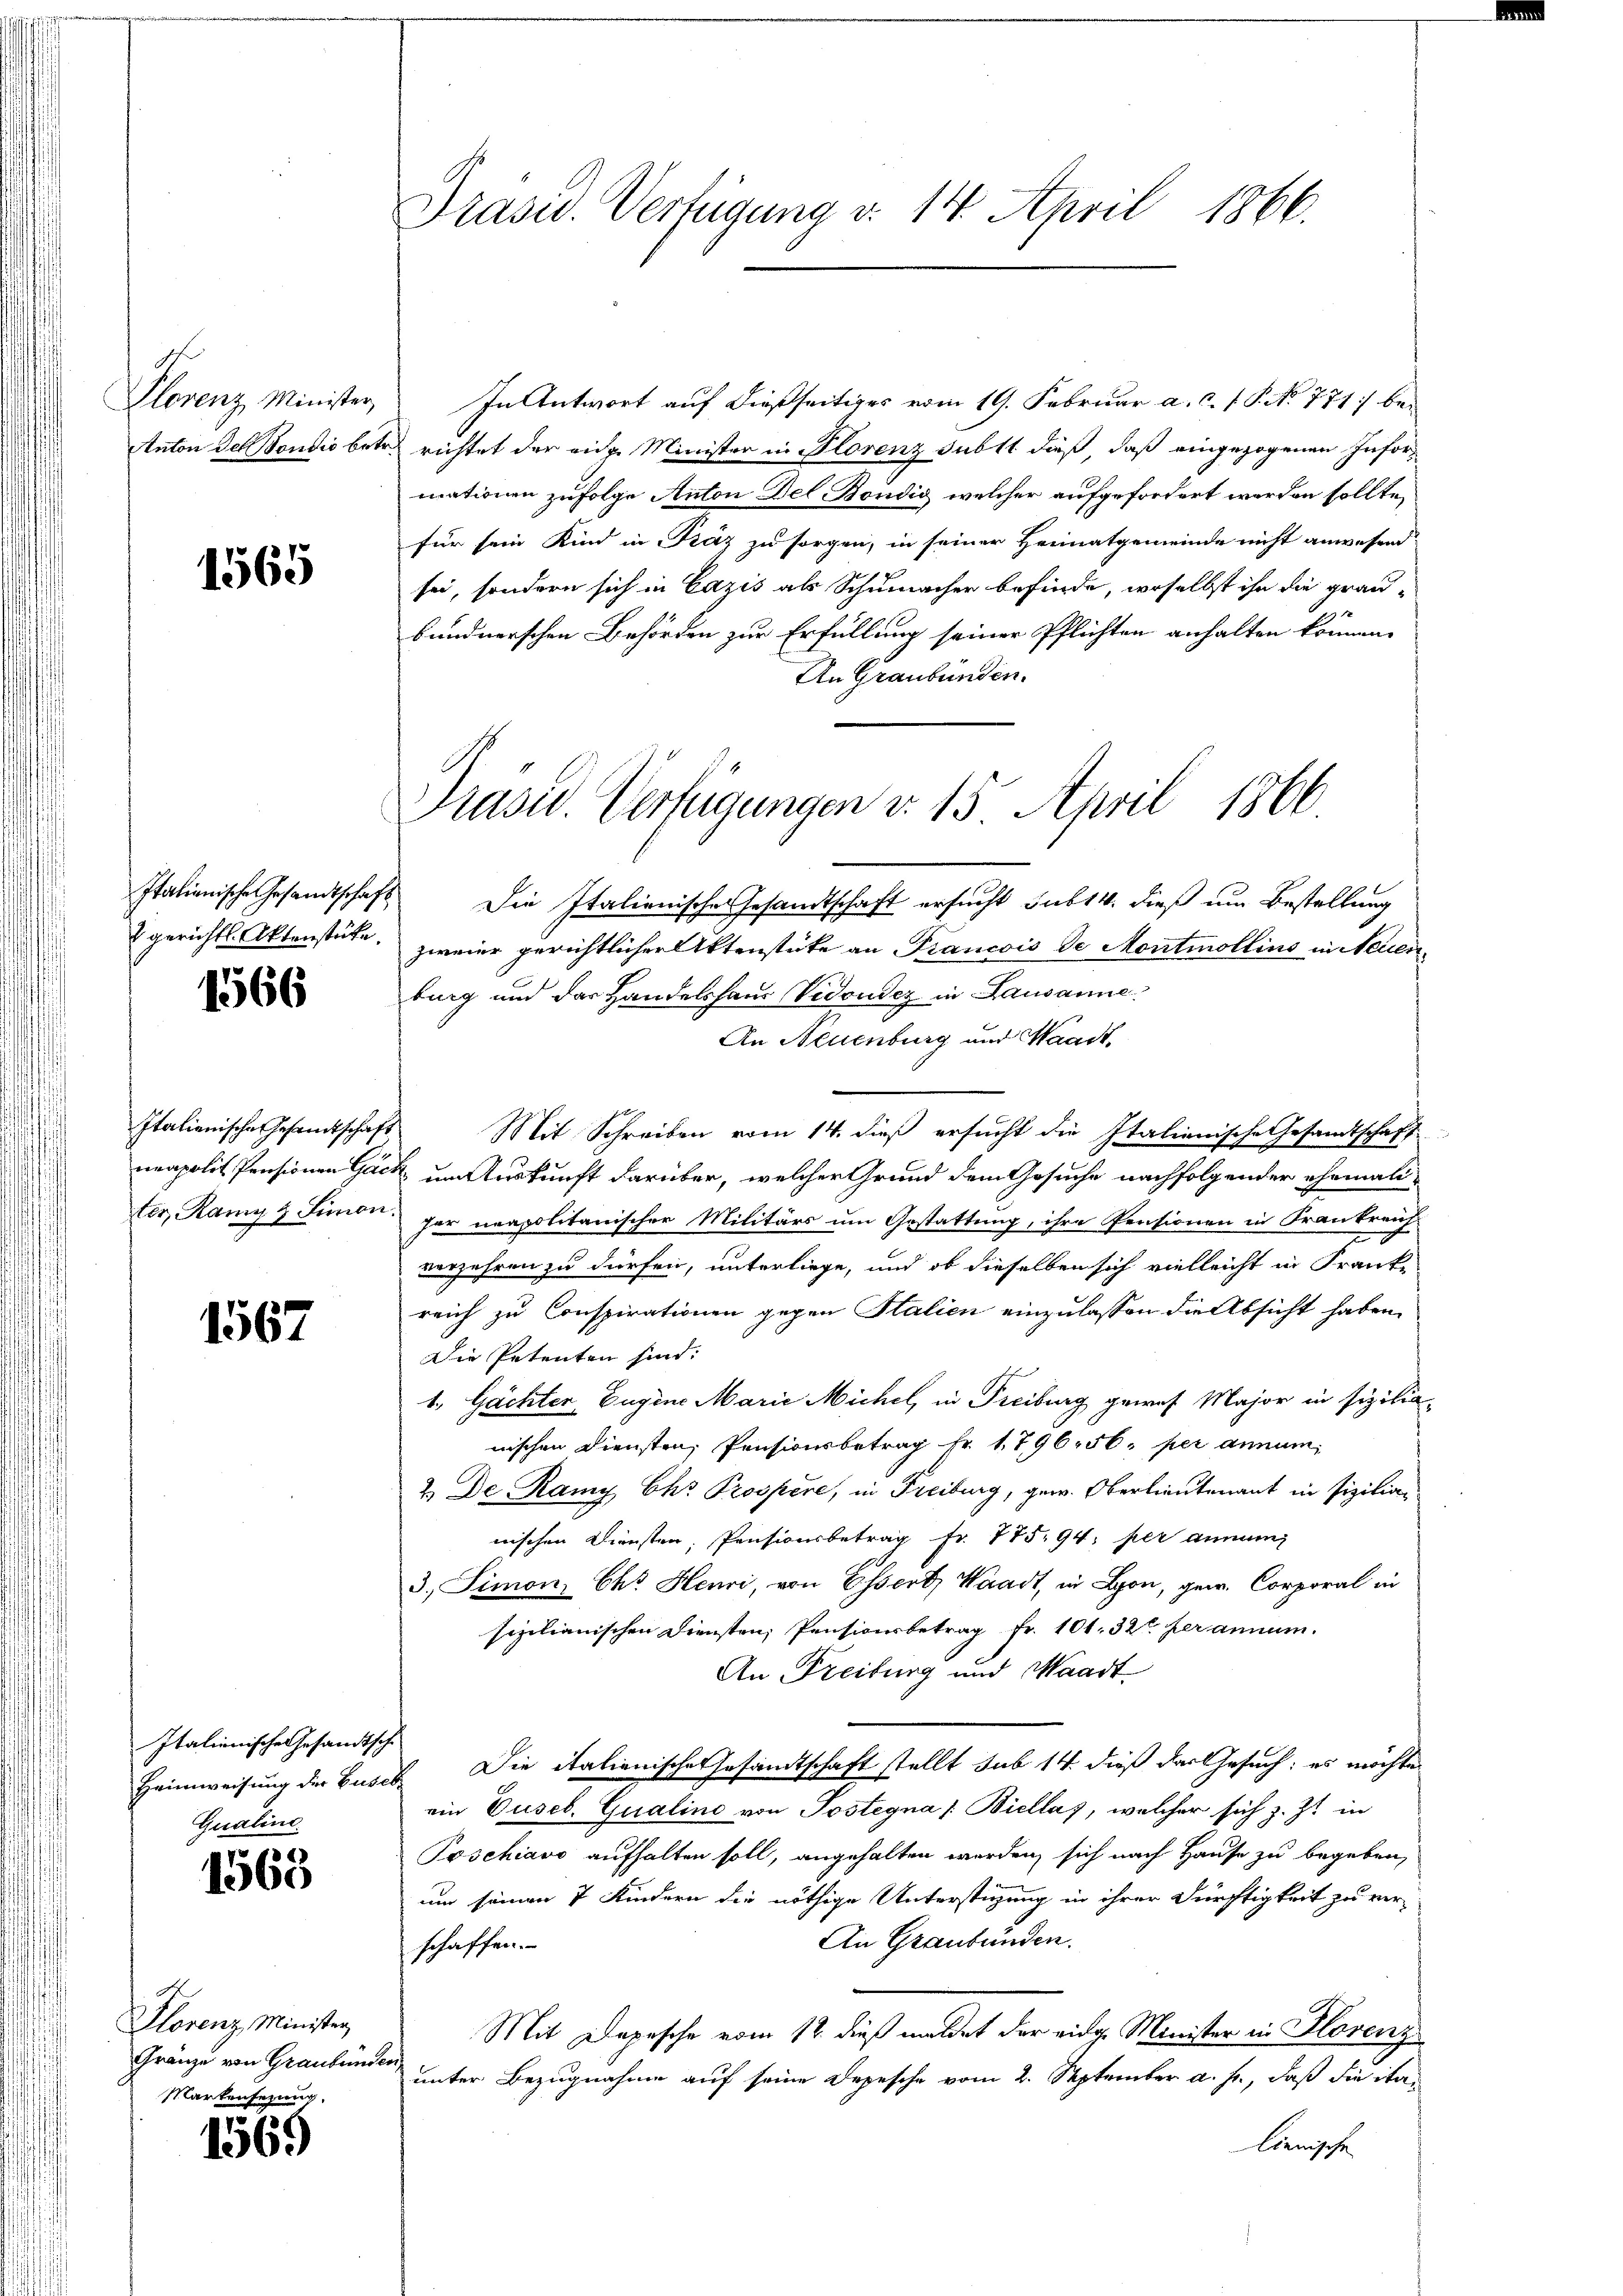
Plorenz Minister,
Anton der Bondis betr.

1565

Italienische Gesandtschaft
gerichts- Aktenstücke.

1566

Italienische Gesamtschaft
ter, Ramy & Limon.

1567

Italienische Gesandtsche
Qualine.

1563

Florenz Minister,
Gränze von Graubünder
Markensezung.

1569

Prasis. Verfügung v. 14. April 1866.

In Antwort auf dießseitiges vom 19. Februar a. c. s. S. No 771 berichtet der eine Minister in Plorenz subst dieß, daß eingezogenen Informationen zufolge Anton Del, Böndig, welcher aufgefordert werden sollte,
für sein Kind in Kräz zu sorgen, in seiner Heimatgemeinde nicht anwesend
sei, sondern sich in Cazis als Schumacher befinde, woselbst ihn die grau-
bundnerschen Behörden zur Erfüllung seiner Pflichten anhalten können.
An Graubünden.
Die Italienische Gesandtschaft ersucht sub 14. dieß um Bestellung
zweier gerichtlicher Aktenstücke an Francois de Montmollins in Neuenburg und das Handelshaus Vidoudez in Lausanne.
An Neuenburg und Waadt,
Mit Schreiben vom 14. dieß ersucht die Italienische Gesandtschaft
neapolit. Pensionen Gack um Auskunft darüber, welcher Grund dem Gesuche nachfolgender ehemali-
fer neapolitanischer Militärs um Gestattung, ihre Pensionen in Frankreich-
verzehren zu dürfen, unterliege, und ob dieselben sich vielleicht in Franke
reich zu Conspirationen gegen Stalien einzulassen die Absicht haben.
Die Petenten sind:
1., Gächter Eugine Marie Michel, in Freiburg gewes Major in sizilianischen Diensten, Pensionsbetrag Fr. 1796. 56. per annum¬
2. Der Ramy Chr. Prospere, in Freiburg, gew. Oberlieutenant in Pizilianischen Diensten, Pensionsbetrag Fr. 775. 94. per annum
3. Simon, Chr. Henri, von Essert, Waadt, in Lyon, gew. Corporal in
sizilianischen Diensten, Pensionsbetrag Fr. 101. 32 her annum.
An Freiburg und Waadt
Heimweisung der Busch. Die italienische Gesandtschaft stellt sub 14 dieß das Gesuch: es möchte
ein Dusel. Qualine von Postegna (Biella, welcher sich z. Zt. in
Poschiavo aufhalten soll, angehalten werden, sich nach Hause zu begeben,
um seinen 7 Kindern die nöthige Unterstüzung in ihrer Dürftigkeit zu ver-
An Graubünden.
schaffen.
Mit Depesche vom 12. dieß meldet der eidge Minister in Florenz
unter Bezugnahme auf seine Depesche vom 2. September a. f., daß die italienische

Präsid. Verfügungen v. 15 April 1866.